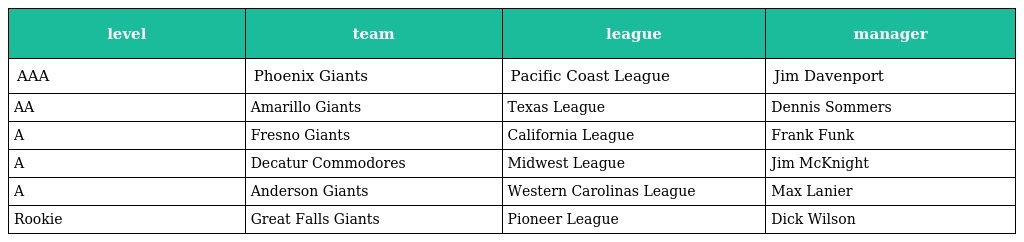
| level | team | league | manager |
 | --- | --- | --- | --- |
 | AAA | Phoenix Giants | Pacific Coast League | Jim Davenport |
 | AA | Amarillo Giants | Texas League | Dennis Sommers |
 | A | Fresno Giants | California League | Frank Funk |
 | A | Decatur Commodores | Midwest League | Jim McKnight |
 | A | Anderson Giants | Western Carolinas League | Max Lanier |
 | Rookie | Great Falls Giants | Pioneer League | Dick Wilson |